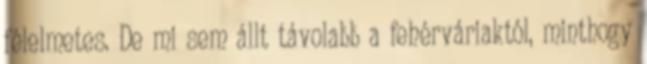
félelmetes. De mi sem állt távolabb a fehérváriaktól, minthogy